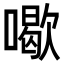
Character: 𠿒